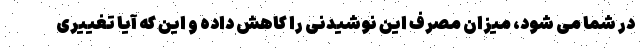
در شما می شود، میزان مصرف این نوشیدنی را کاهش داده و این که آیا تغییری